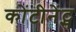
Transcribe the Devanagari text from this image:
कोंटीनेंट्स